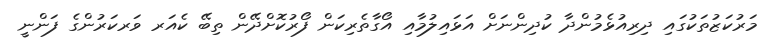
މަރުކަޒުތަކުގައި ދިރިއުޅެމުންދާ ކުދިންނަށް އަޅައިލުމާއި އޯގާތެރިކަން ފޯރުކޮށްދޭން ތިބޭ ކެއަރ ވަރކަރުންގެ ފަންނީ